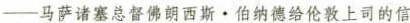
——马萨诸塞总督佛朗西斯·伯纳德给伦敦上司的信